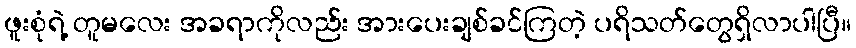
ဖူးစုံရဲ့ တူမလေး အခရာကိုလည်း အားပေးချစ်ခင်ကြတဲ့ ပရိသတ်တွေရှိလာပါပြီ။